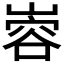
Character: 𫶎